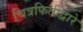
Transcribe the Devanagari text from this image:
चित्रफितीद्वारे